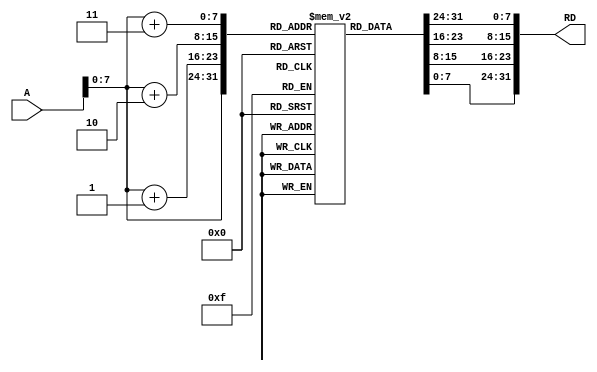
//Cahit Yusuf Ta - 1937465
//cyusuftas@gmail.com

module Instruction_Memory(A, RD);
	
	input [31:0] A;
	
	output reg [31:0] RD;
	
	//instruction memory is constructed with 256 addressable bytes
	reg [7:0] instr_mem [0:255];
	
	
	integer i;																		  	  //memory instr:\\\\
	initial begin																//|cnd|op|I'|xxxx|L|Rn|Rd|imm12|\\\\
		{instr_mem[3],instr_mem[2],instr_mem[1],instr_mem[0]} = 32'b11100100000100010001000000000100;
		{instr_mem[7],instr_mem[6],instr_mem[5],instr_mem[4]} = 32'b11100100000100110010000000001000;
																						  //data processing instr\\\\
																					//|cnd|op|I|cmd|S|Rn|Rd|8'b0|Rm|\\\\
		{instr_mem[11],instr_mem[10],instr_mem[9],instr_mem[8]} = 32'b11100001010000010000000000000010;			//CMP
		//{instr_mem[11],instr_mem[10],instr_mem[9],instr_mem[8]} = 32'b11100000100000010000000000000010;			//ADD
		{instr_mem[15],instr_mem[14],instr_mem[13],instr_mem[12]} = 32'b00000000100000010000000000000010;			//conditional add
		//{instr_mem[15],instr_mem[14],instr_mem[13],instr_mem[12]} = 32'b11100000010000010000000000000010;		//SUB
		{instr_mem[19],instr_mem[18],instr_mem[17],instr_mem[16]} = 32'b11100000000000010000000000000010;		//AND
		{instr_mem[23],instr_mem[22],instr_mem[21],instr_mem[20]} = 32'b11100001100000010000000000000010;		//OR
		{instr_mem[27],instr_mem[26],instr_mem[25],instr_mem[24]} = 32'b11100010011000010000000000000001;		//LSL 
		{instr_mem[31],instr_mem[30],instr_mem[29],instr_mem[28]} = 32'b11100010001000010000000000000001;		//LSR
		for(i=32; i<256; i= i+1) begin
			instr_mem[i] = i;
		end
	end
	
	always @(A)
	begin
		//read returns 32bits - Little Endian
		RD = {instr_mem[A+3],instr_mem[A+2],instr_mem[A+1],instr_mem[A]};
	end

endmodule